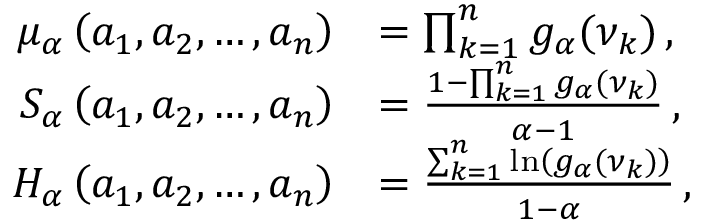
\begin{array} { r l } { \mu _ { \alpha } \left( a _ { 1 } , a _ { 2 } , \dots , a _ { n } \right) } & { = \prod _ { k = 1 } ^ { n } g _ { \alpha } ( \nu _ { k } ) \, , } \\ { S _ { \alpha } \left( a _ { 1 } , a _ { 2 } , \dots , a _ { n } \right) } & { = \frac { 1 - \prod _ { k = 1 } ^ { n } g _ { \alpha } ( \nu _ { k } ) } { \alpha - 1 } \, , } \\ { H _ { \alpha } \left( a _ { 1 } , a _ { 2 } , \dots , a _ { n } \right) } & { = \frac { \sum _ { k = 1 } ^ { n } \ln \left( g _ { \alpha } ( \nu _ { k } ) \right) } { 1 - \alpha } \, , } \end{array}